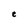
Character: e